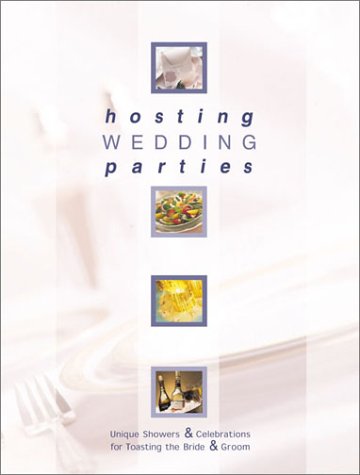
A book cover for Hosting Wedding Parties; Cpi; Crafts, Hobbies & Home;